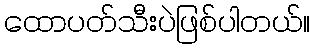
ထောပတ်သီးပဲဖြစ်ပါတယ်။